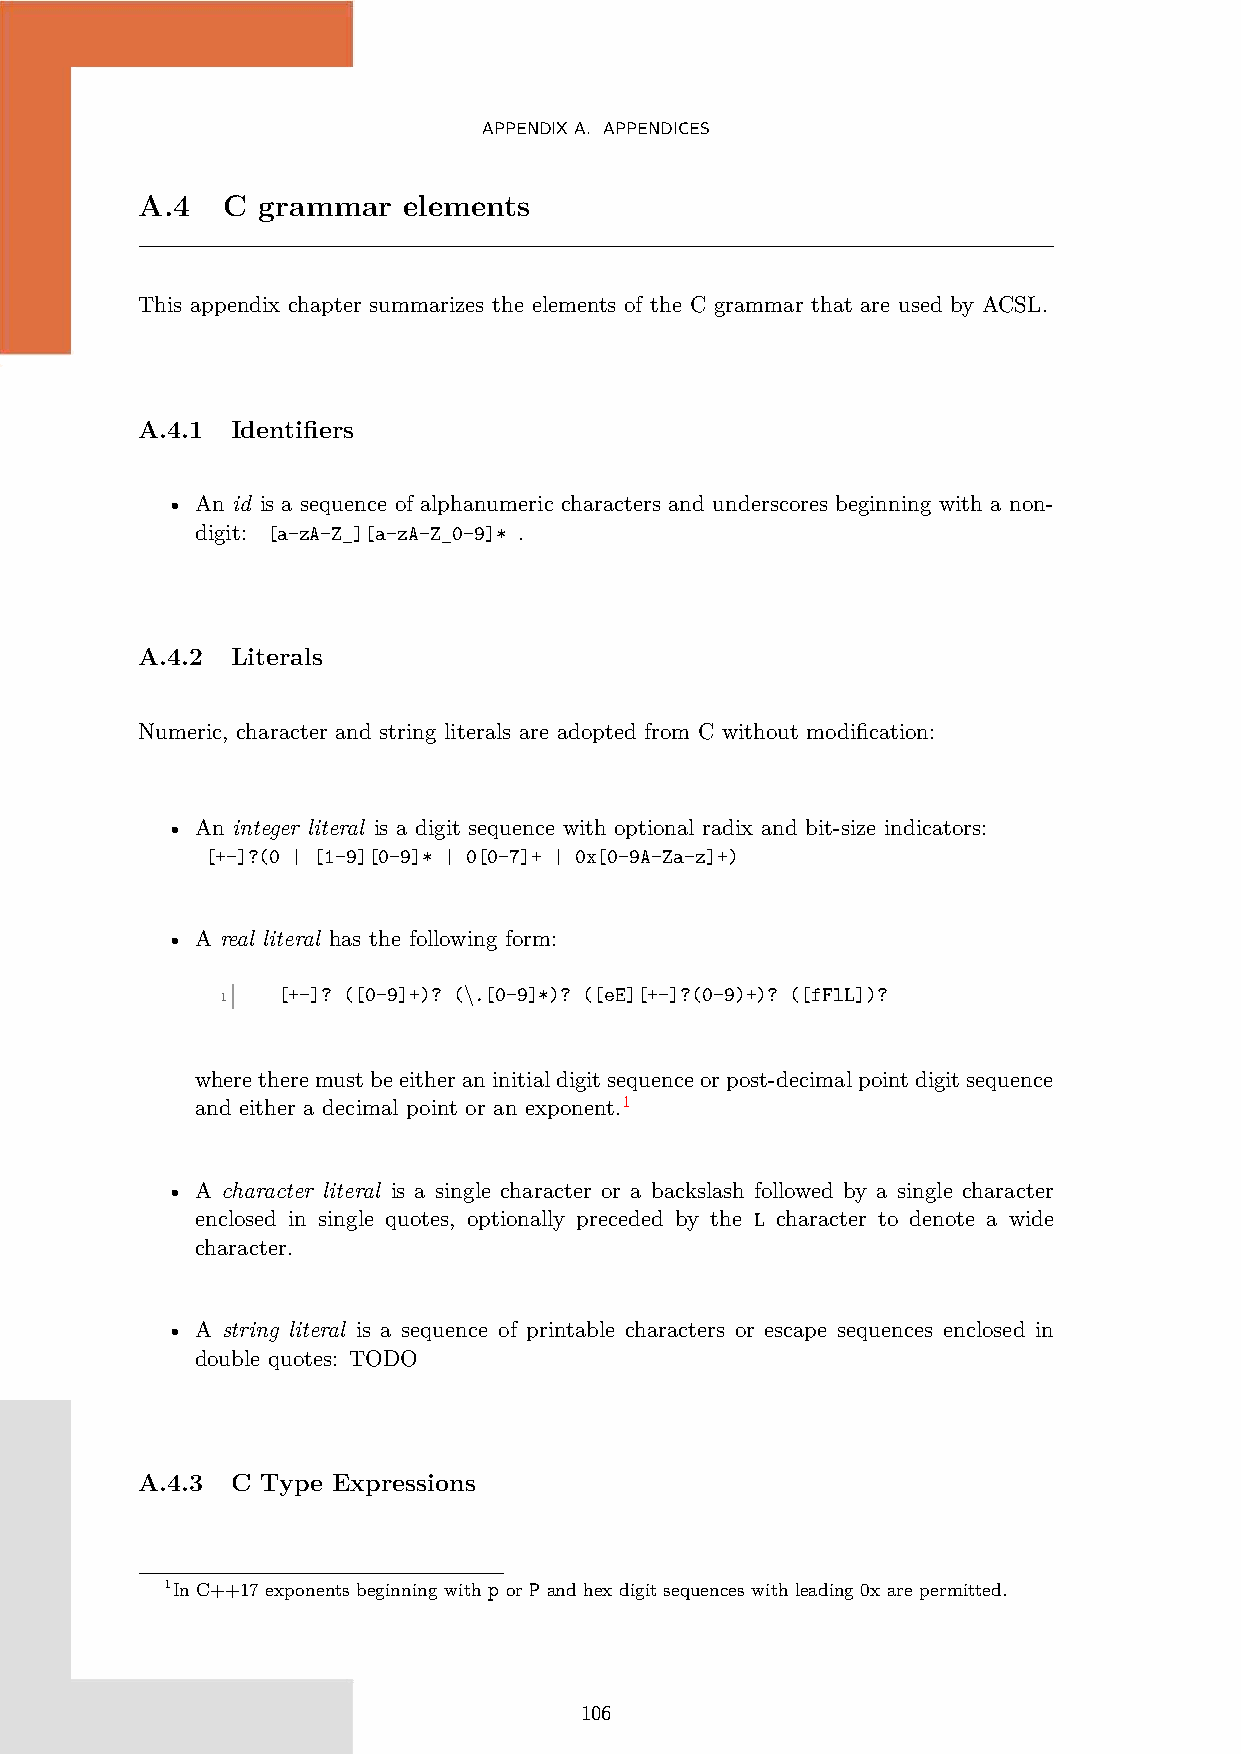
APPENDIXA. APPENDICES
 A.4   C grammar   elements
 This appendix chapter summarizes the elements of the C grammar that are used by ACSL.
 A.4.1 Identifiers
 • An id is a sequence of alphanumeric characters and underscores beginning with a non-
 digit: [a-zA-Z_][a-zA-Z_0-9]* .
 A.4.2 Literals
 Numeric, character and string literals are adopted from C without modification:
 • An integer literal is a digit sequence with optional radix and bit-size indicators:
 [+-]?(0 | [1-9][0-9]* | 0[0-7]+ | 0x[0-9A-Za-z]+)
 • A real literal has the following form:
 [+-]? ([0-9]+)? (\.[0-9]*)? ([eE][+-]?(0-9)+)? ([fFlL])?
 1
 wheretheremustbeeitheraninitialdigitsequenceorpost-decimalpointdigitsequence
 and either a decimal point or an exponent.1
 • A character literal is a single character or a backslash followed by a single character
 enclosed in single quotes, optionally preceded by the L character to denote a wide
 character.
 • A string literal is a sequence of printable characters or escape sequences enclosed in
 double quotes: TODO
 A.4.3 C Type Expressions
 1In C++17 exponents beginning with p or P and hex digit sequences with leading 0x are permitted.
 106